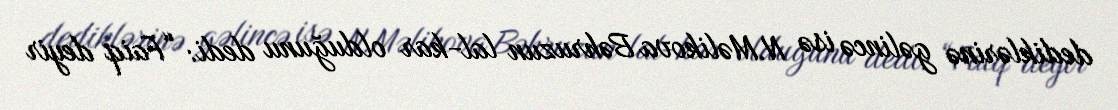
dediklərinə gəlincə isə N.Məlikova Bəhruzun lal-kar olduğunu dedi: “Faiq deyir